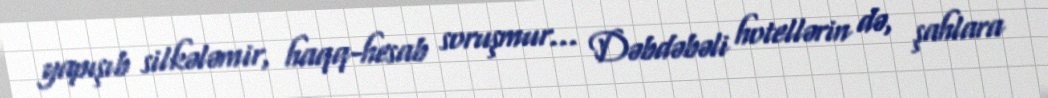
yapışıb silkələmir, haqq-hesab soruşmur... Dəbdəbəli hotellərin də, şahlara